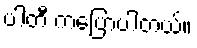
ပါတီ ကပြောပါတယ်။